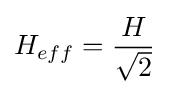
H_{eff}={\frac {H}{\sqrt {2}}}